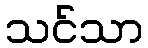
သင်သာ